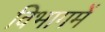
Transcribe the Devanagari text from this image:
विभागमें